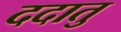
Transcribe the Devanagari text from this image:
ददातु